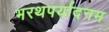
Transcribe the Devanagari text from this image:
भरथपर्यादनम